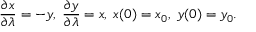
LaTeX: { \frac { \partial x } { \partial \lambda } } = - y , \; { \frac { \partial y } { \partial \lambda } } = x , \; x ( 0 ) = x _ { 0 } , \; y ( 0 ) = y _ { 0 } .